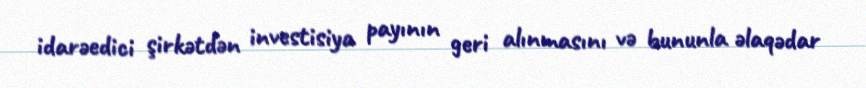
idarəedici şirkətdən investisiya payının geri alınmasını və bununla əlaqədar